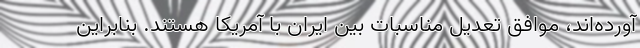
آورده‌اند، موافق تعدیل مناسبات بین ایران با آمریکا هستند. بنابراین